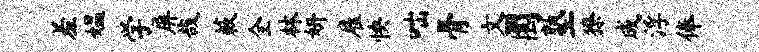
羞媪学屏哉蔌全林妍雇怏咄骨文圜塾獠成浮俸